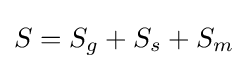
S=S_{g}+S_{s}+S_{m}